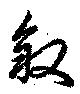
叙